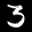
Label: 3